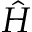
\hat { H }